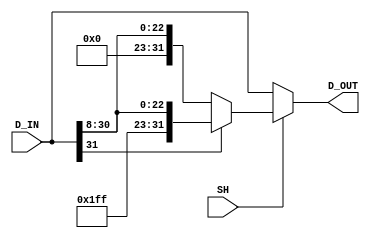
`timescale 1 ns/1 ns

module Shr_8(SH, D_IN, D_OUT);

	input SH;
	input  [31:0] D_IN;
	output [31:0] D_OUT;
	reg    [31:0] D_OUT;

	// CombLogic
	always @(SH, D_IN) begin
		if(SH == 1'b1) begin
			if(D_IN[31] == 1'b1)
				D_OUT <= {8'hFF, D_IN[31:8]};
			else
				D_OUT <= {8'h0, D_IN[31:8]};
		end
		else
			D_OUT <= D_IN;
	end
endmodule